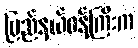
ပြည်နယ်ဝန်ကြီးက